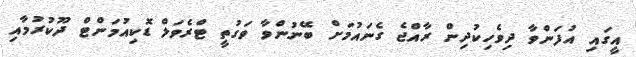
އީގައި އުފަންވާ ދިވެހިކުދިން ރާއްޖެ ގެނައުމަށް ބޭނުންވާ ވަގުތީ ޓްރެވަލް ޑޮކިއުމަންޓް ދޫކުރުމާއި